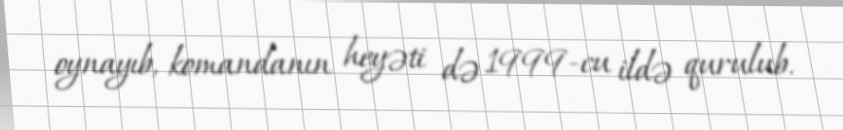
oynayıb, komandanın heyəti də 1999-cu ildə qurulub.